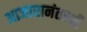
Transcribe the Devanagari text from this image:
आजारानंतरची